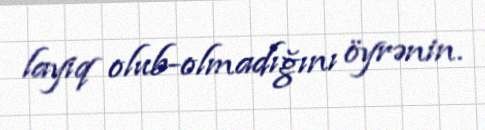
layiq olub-olmadığını öyrənin.